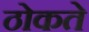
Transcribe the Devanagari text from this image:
ठोकते